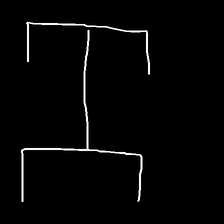
Glyph: entwine